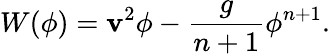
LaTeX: W(\phi)=\mathbf{v}^{2}\phi-\frac{{g}}{{n+1}}\phi^{n+1}.